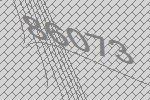
86073